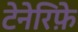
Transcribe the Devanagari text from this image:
टेनेरिफ़े